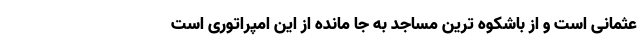
عثمانی است و از باشکوه ترین مساجد به جا مانده از این امپراتوری است